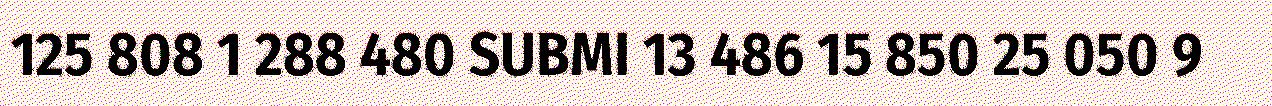
125 808 1 288 480 SUBMI 13 486 15 850 25 050 9